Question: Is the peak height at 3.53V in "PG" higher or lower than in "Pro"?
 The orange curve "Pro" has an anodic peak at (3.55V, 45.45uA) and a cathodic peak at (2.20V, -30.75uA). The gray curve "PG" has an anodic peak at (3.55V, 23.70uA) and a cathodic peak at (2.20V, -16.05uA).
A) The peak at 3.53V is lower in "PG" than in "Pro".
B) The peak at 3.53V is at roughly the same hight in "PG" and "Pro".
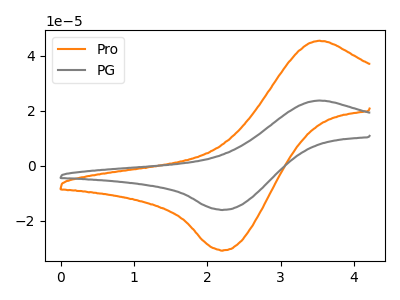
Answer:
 <answer>A) The peak at 3.53V is lower in "PG" than in "Pro".</answer>
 <eval>A</eval>